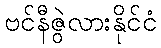
ဗင်နီဇွဲလားနိုင်ငံ